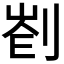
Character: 𠝀